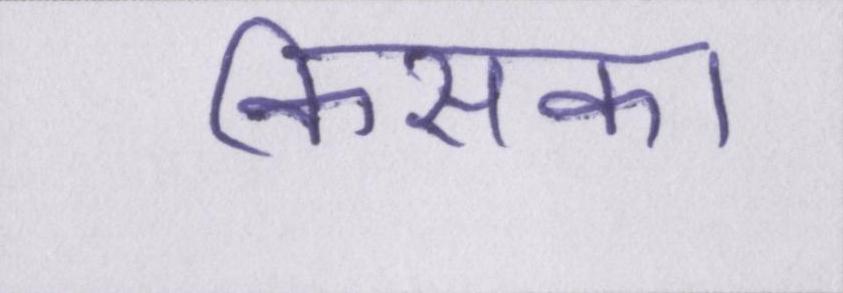
किसका